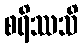
စရိဿသိ